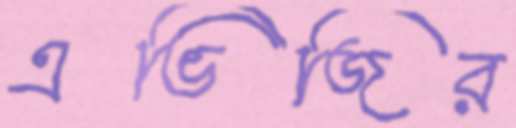
এভিজির